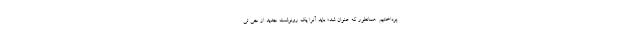
پرداختیم. همانطور که عنوان شد؛ باید آنرا یک رونوشت جدید از جی تی